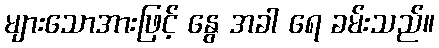
များသောအားဖြင့် နွေ အခါ ရေ ခမ်းသည်။